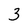
Character: 3